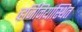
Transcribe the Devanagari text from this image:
व्हर्जिनियास्थित